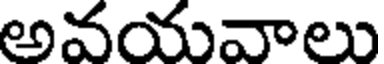
అవయవాలు